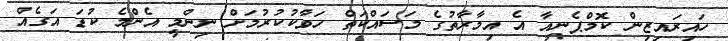
ހައިރައިޒިން ކޮމްޕެނީއާ އެ އިމާރާތުގެ މަސައްކަތް ހަވާކުކުރުމަށް ނިންމީ އެންމެ ކުޑަ އަގެއް